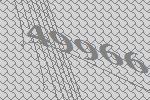
49966